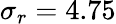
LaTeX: \sigma_{r}=4.75